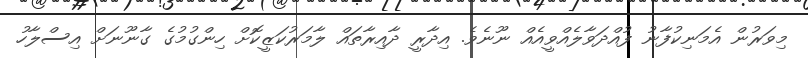
މިވަރުން އެމަނިކުފާނު ފުއްދަވާލެއްވީއެއް ނޫނެވެ. އިދާރީ ދާއިރާތައް ލާމަރުކަޒީކޮށް ހިންގުމުގެ ގާނޫނަަށް އިސްލާހު